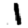
Digit: 1